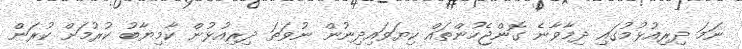
ނަމަ ދިރިއުޅުމުގައި ދިމާވާނެ ގޮންޖެހުންތައް ކިޔަވައިދިނުން ނުވަތަ ދިރިއުޅުން ކާމިޔާބު ކުރުމަށް ކުރަން